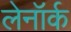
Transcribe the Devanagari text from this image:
लेनॉर्क